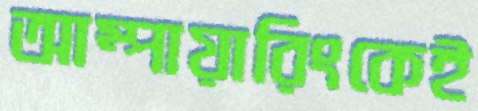
আম্পায়ারিংকেই